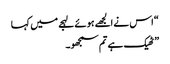
“ اس نے الجھے ہوئے لہجے میں کہا
” ٹھیک ہے تم سمجھو۔